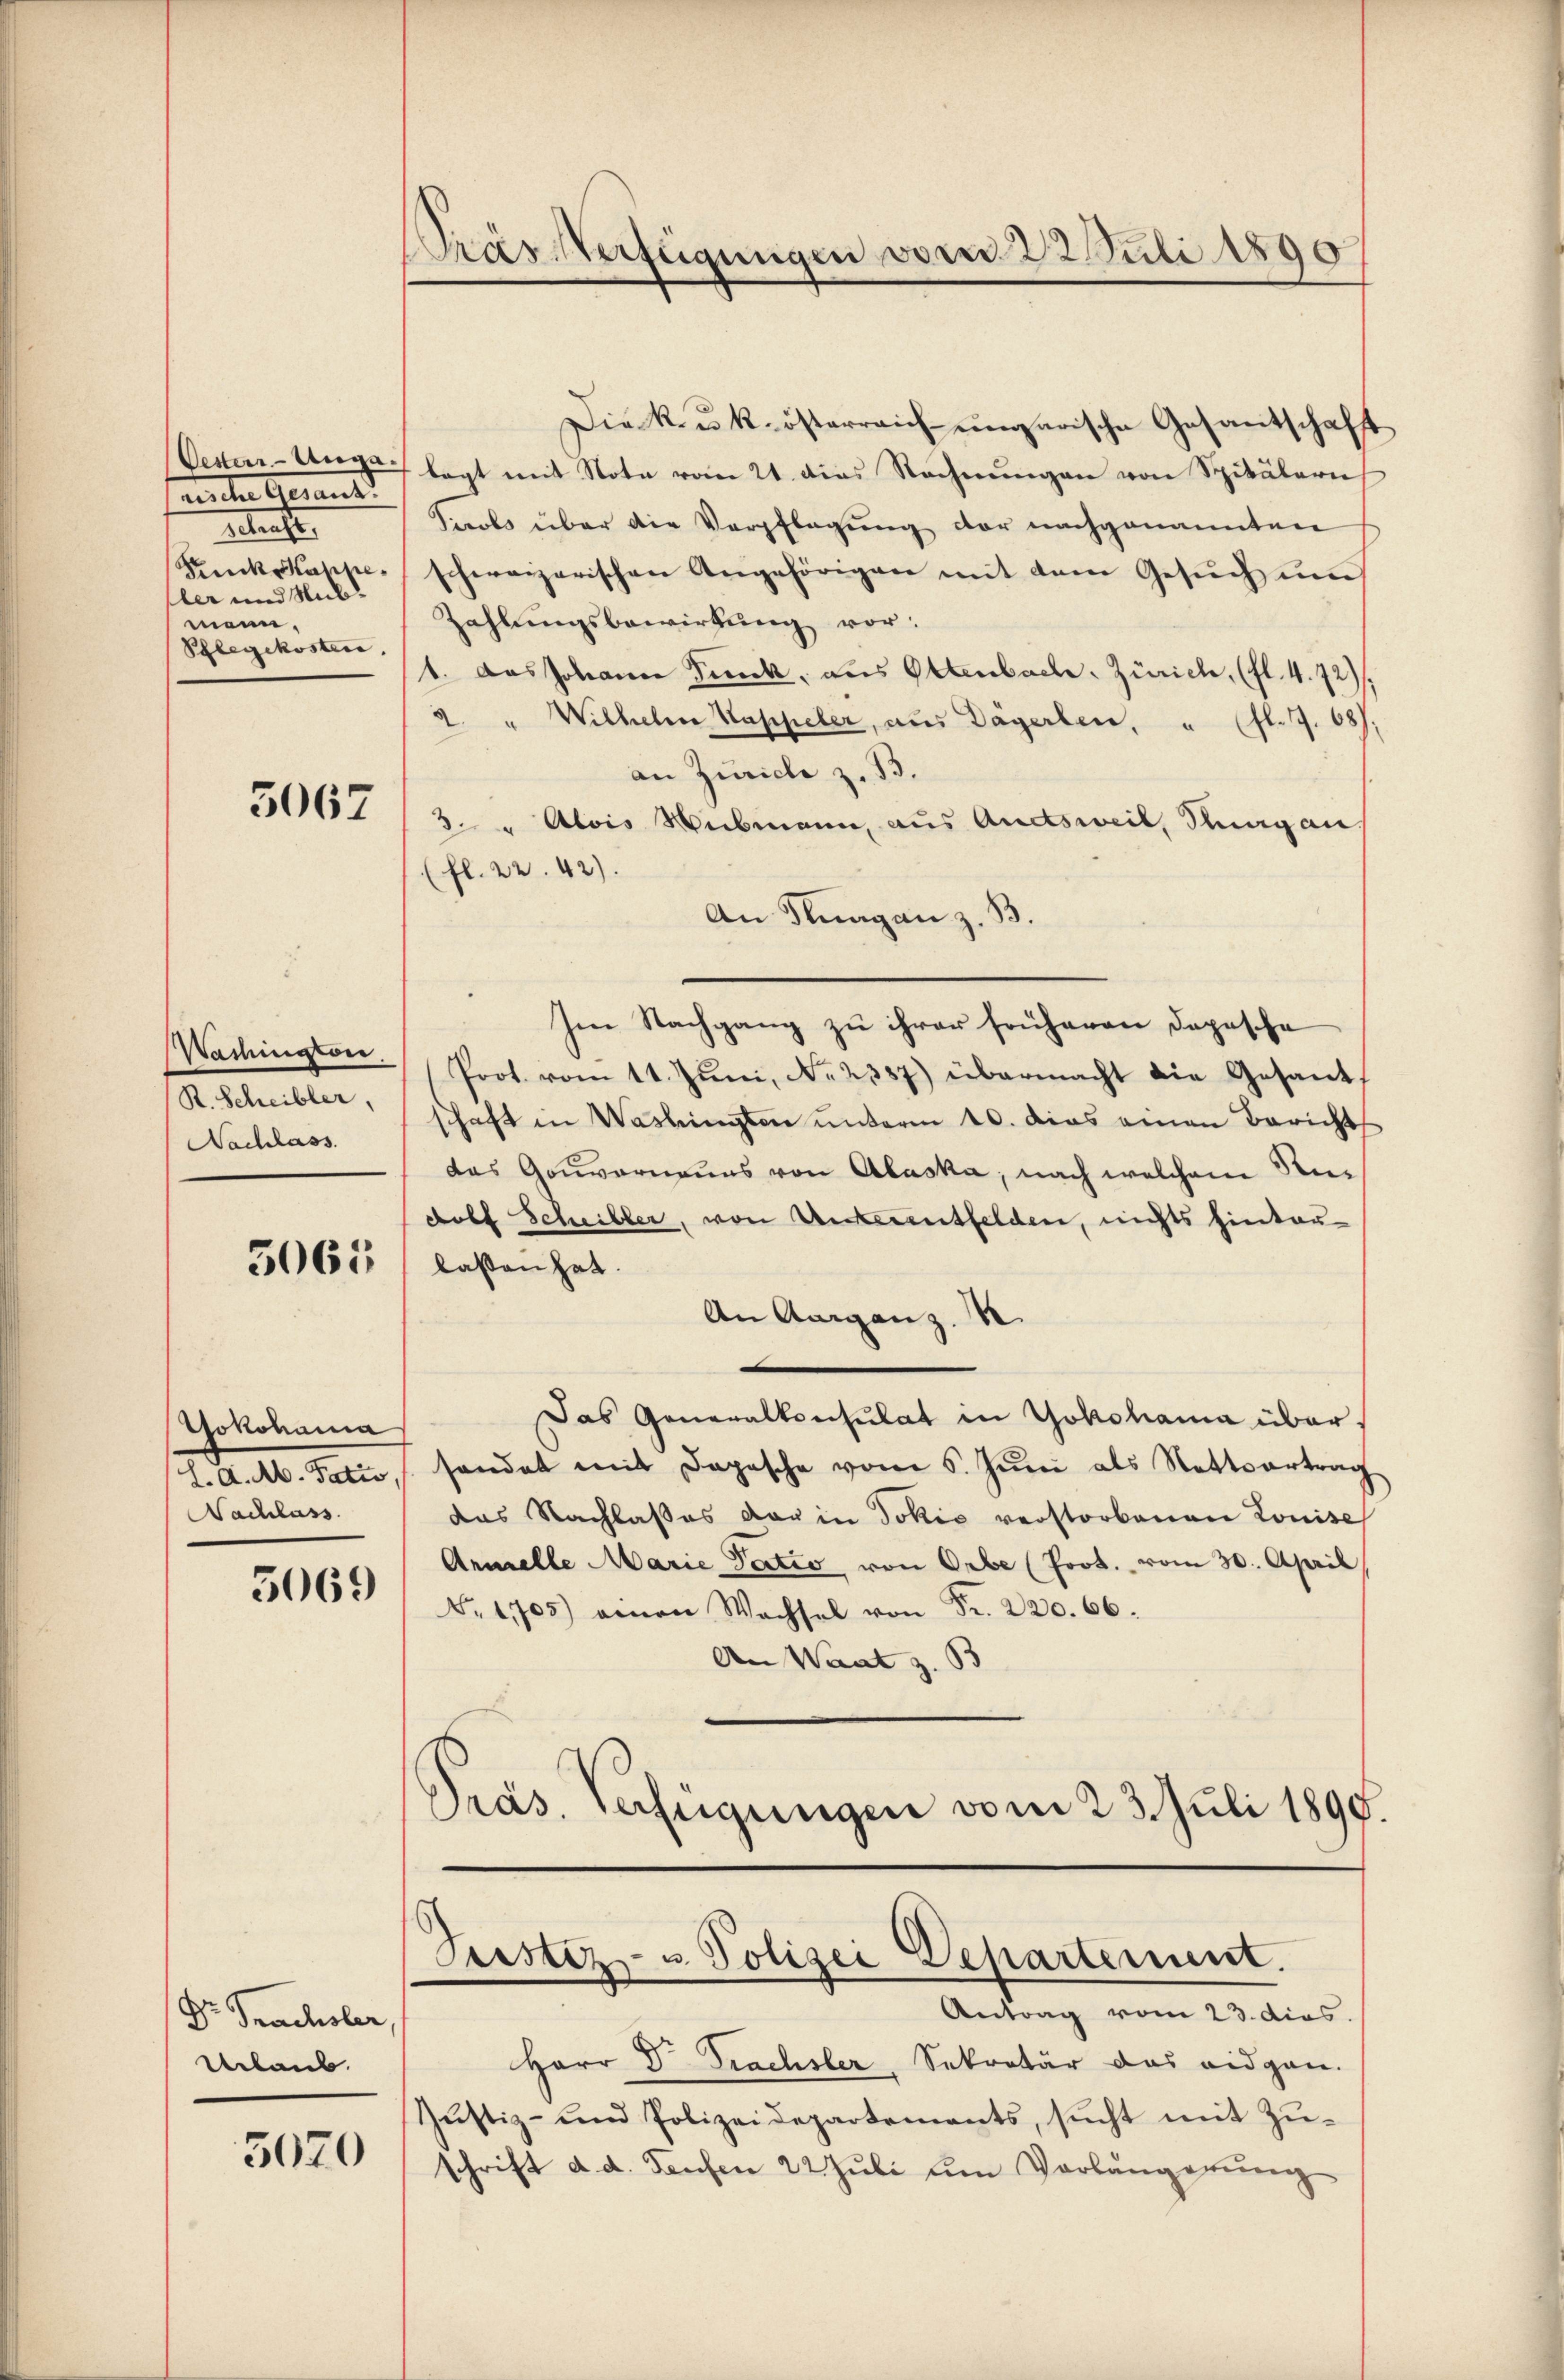
nische Gesand
setente,
Kuck Sappeler und Submann.
Pflegekosten

5067

Waihington
R. Scheibler,
Nachlass

5065

Yokohama
Nachlass

5069

Dr. Prachsler,
Urlaub.

5070

Prasserfügungen vom 22. Juli 1890

Die Reuk-österreich-ungarische Gesantschaft
Oesten-Unga lagt mit Note vom 21. dies Rechnŭngen von Spitäleru
Paols über die Verpflegŭng der nachgenannten
schweizerischen Angehörigen mit dem Gesuch un
Zahlungsbewirtung vor:
1. Das Johann Fick, aus Ottenbach. Zürich, (fl. 4. 72).
2 " Wilhelm Kappeler, aŭs Dägerben, " (fl. 19. 68).
an Zürich z. B.
3. " Alois Webmann, aus Ausweil, Rungan
(fl. 22. 42).
An Knagan z. B.
Im Nachgang zu ihrer früheren Depesche
Prot. vom 11. Jŭni, No. 2387) übermacht die Gesant
schaft in Washingten ŭnterm 10. das einen Bericht
das Gouvernauns von Abaska, nach welchem Redolf Scheiller, von Unterentfelden, nichts hinter
lassen hat.
An Aarganz. R.
Das Generalkonsulat in Yokohama über¬
S. d. M. Pati, sondet mit Dapasche vom 5. Jŭni als Rottvertrag
das Nachlasses der in Jokić verstorbenen Louise
Anmelle Marie Tatio von Orbe (Prot. vom 30. April,
Nr. 1705) einen Wachsel von Fr. 220. 66.
An Waat z. B
Pras. Verfügungen vom 23. Juli 1890.

Teestez- u Polizei Departement.
Antrag vom 23. dies.

Herr D. Prachsler, Sekretär das eidgen.
Jŭstiz- und Polizeidepartements, sŭcht mit Zŭ-
schrift d. d. Taufen 22 Juli um Vorlängerung